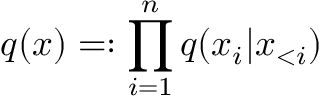
q ( \boldsymbol x ) = : \prod _ { i = 1 } ^ { n } q ( x _ { i } | \boldsymbol x _ { < { i } } )